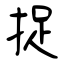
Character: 捉